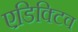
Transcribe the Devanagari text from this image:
एडिक्टिव